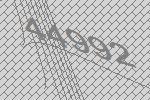
44992